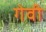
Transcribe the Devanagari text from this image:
गेवी